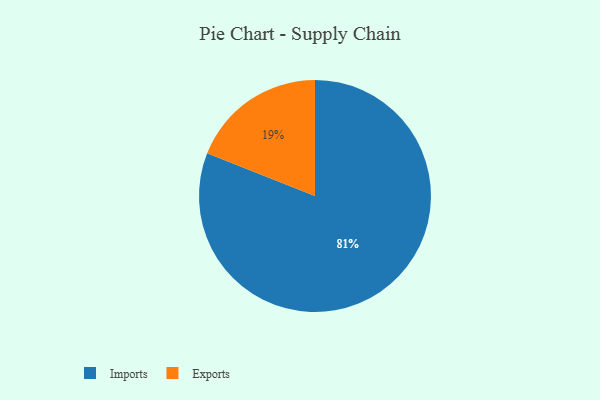
{"axis": {"x": "Category", "y": "Percentage"}, "legend": ["Exports", "Imports"], "data": [{"x": "Exports", "y": 19, "type": "Exports"}, {"x": "Imports", "y": 81, "type": "Imports"}]}